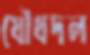
যৌথদল